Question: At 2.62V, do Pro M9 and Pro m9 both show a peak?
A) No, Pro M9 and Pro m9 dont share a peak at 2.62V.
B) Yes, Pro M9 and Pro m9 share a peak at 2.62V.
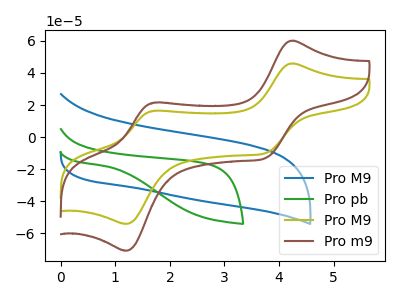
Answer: <think>The blue curve "Pro M9" has no peaks. The green curve "Pro pb" has no peaks. The olive curve "Pro M9" has anodic peaks at (4.25V, 45.90uA) (1.70V, 16.45uA) and cathodic peaks at (3.75V, -9.85uA) (1.20V, -54.00uA). The brown curve "Pro m9" has anodic peaks at (4.25V, 60.10uA) (1.70V, 21.55uA) and cathodic peaks at (3.75V, -12.90uA) (1.20V, -70.70uA).</think>
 <answer>A) No, "Pro M9" and "Pro m9" dont share a peak at 2.62V.</answer>
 <eval>A</eval>